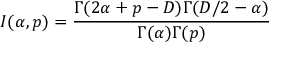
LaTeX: I ( \alpha , p ) = \frac { \Gamma ( 2 \alpha + p - D ) \Gamma ( D / 2 - \alpha ) } { \Gamma ( \alpha ) \Gamma ( p ) }